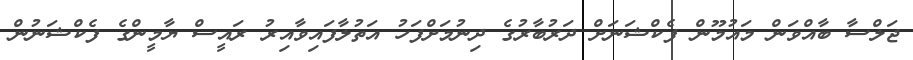
ޖަލްސާ ބާއްވަން މައުމޫން ފެކްޝަނަށް ދަރުބާރުގެ ދިނުމަށްފަހު އަތުލާފައިވާއިރު ރައީސް ޔާމީންގެ ފެކްޝަނުން